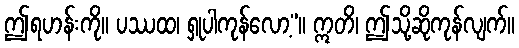
ဤရဟန်းကို။ ပဿထ၊ ရှုပါကုန်လော့”။ ဣတိ၊ ဤသို့ဆိုကုန်လျက်။